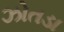
ઝોતડા